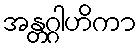
အန္တဂ္ဂါဟိကာ